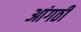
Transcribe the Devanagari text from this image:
आंगठी